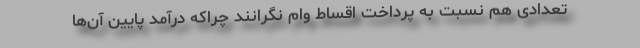
تعدادی هم نسبت به پرداخت اقساط وام نگرانند چراکه درآمد پایین آن‌ها